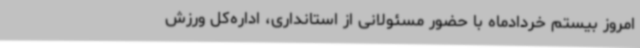
امروز بیستم خردادماه با حضور مسئولانی از استانداری، اداره‌کل ورزش